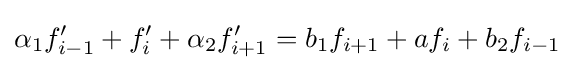
\alpha _{1}f'_{i-1}+f'_{i}+\alpha _{2}f'_{i+1}=b_{1}f_{i+1}+af_{i}+b_{2}f_{i-1}